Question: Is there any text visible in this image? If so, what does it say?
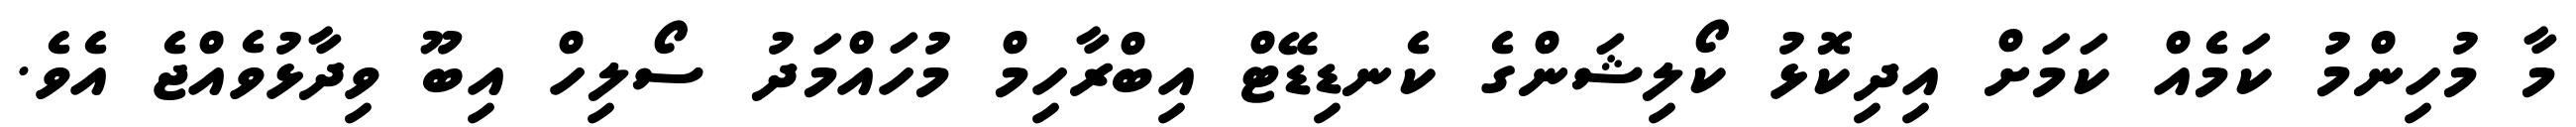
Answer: މާ މުހިންމު ކަމެއް ކަމަށް އިދިކޮޅު ކޯލިޝަންގެ ކެނޑިޑޭޓް އިބްރާހިމް މުހައްމަދު ސޯލިހް އިބޫ ވިދާޅުވެއްޖެ އެވެ.